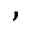
,